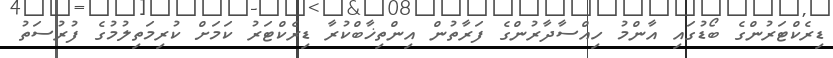
ޑިރެކްޓަރުންގެ ބޯޑުގައި އާންމު ހިއްސާދާރުންގެ ފަރާތުން އިންތިޚާބްކުރާ ޑިރެކްޓަރު ކަމަށް ކުރިމަތިލުމުގެ ފުރުސަތު